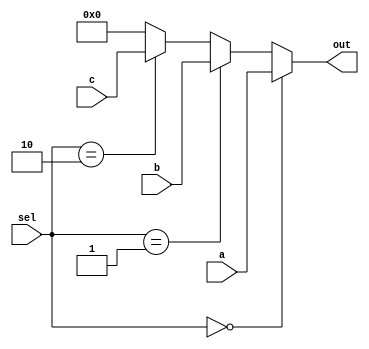
module mux3to1_32bit( a, b, c, sel, out);
input[1:0] sel;
input[31:0] a, b, c;
output reg[31:0] out;

always@(*) begin
	if(sel == 0) out <= a;
	else if(sel == 1) out <= b;
	else if(sel == 2) out <= c;
	else out <= 0;
end

endmodule